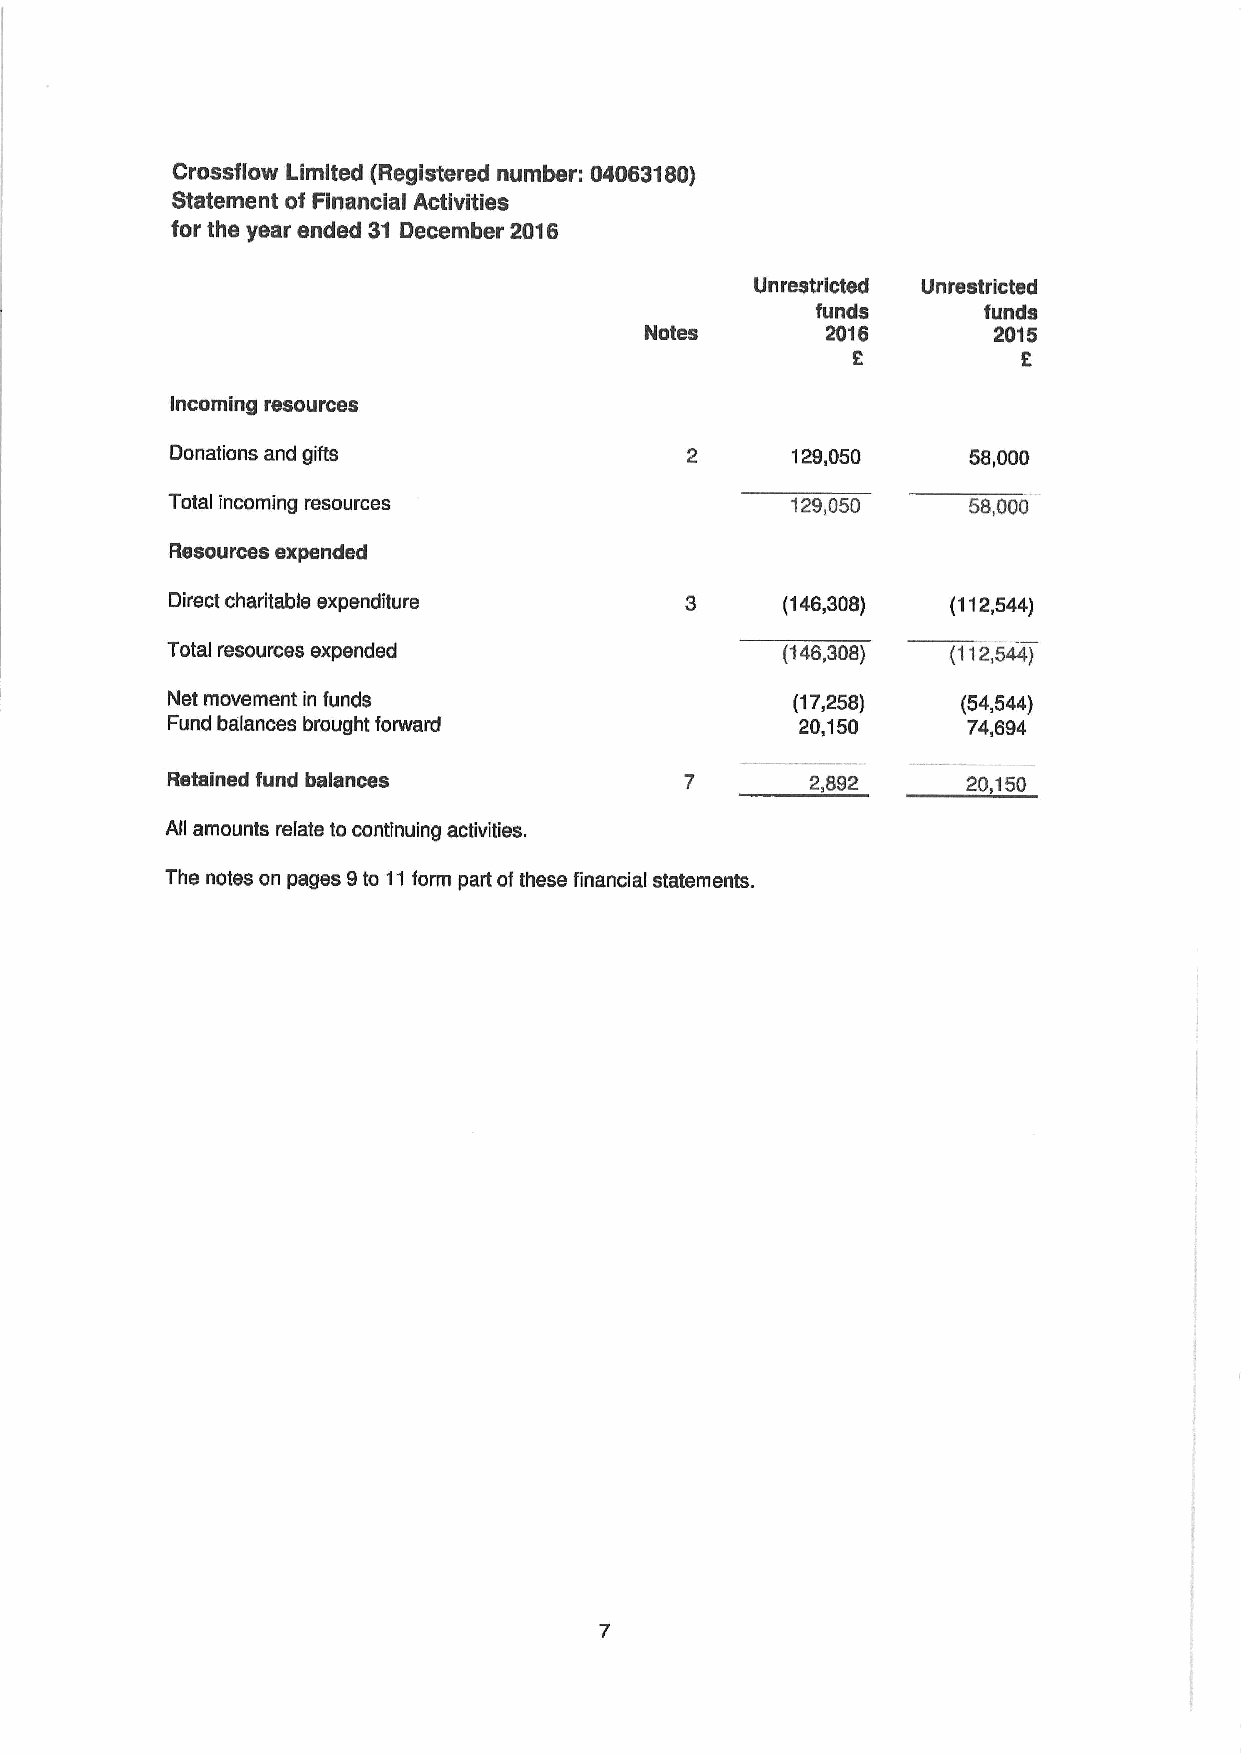
Crossflow Limited (Registered number: 04063180}
 Statement of Financial Activities
 for the year ended 31 December 2016
 Unrestricted Unrestricted
 funds      funds
 Notes       2016       2015
 incoming resources
 Donations and gifts                      129,050     58,000
 Total incoming resources                 129,050     5S,000
 Resources expended
 Direct charitable expenditure            (146,308)  (112,544)
 Total resources expended                 (146,308)  {1125,44)
 Net movement in funds                    (17,258)    {54,544)
 Fund balances brought forward             20,150     74,694
 Retained fund balances                     2,892     20,150
 AIIamounts relate to continuing activities.
 The notes on pages 9to 11form part of these financial statements.